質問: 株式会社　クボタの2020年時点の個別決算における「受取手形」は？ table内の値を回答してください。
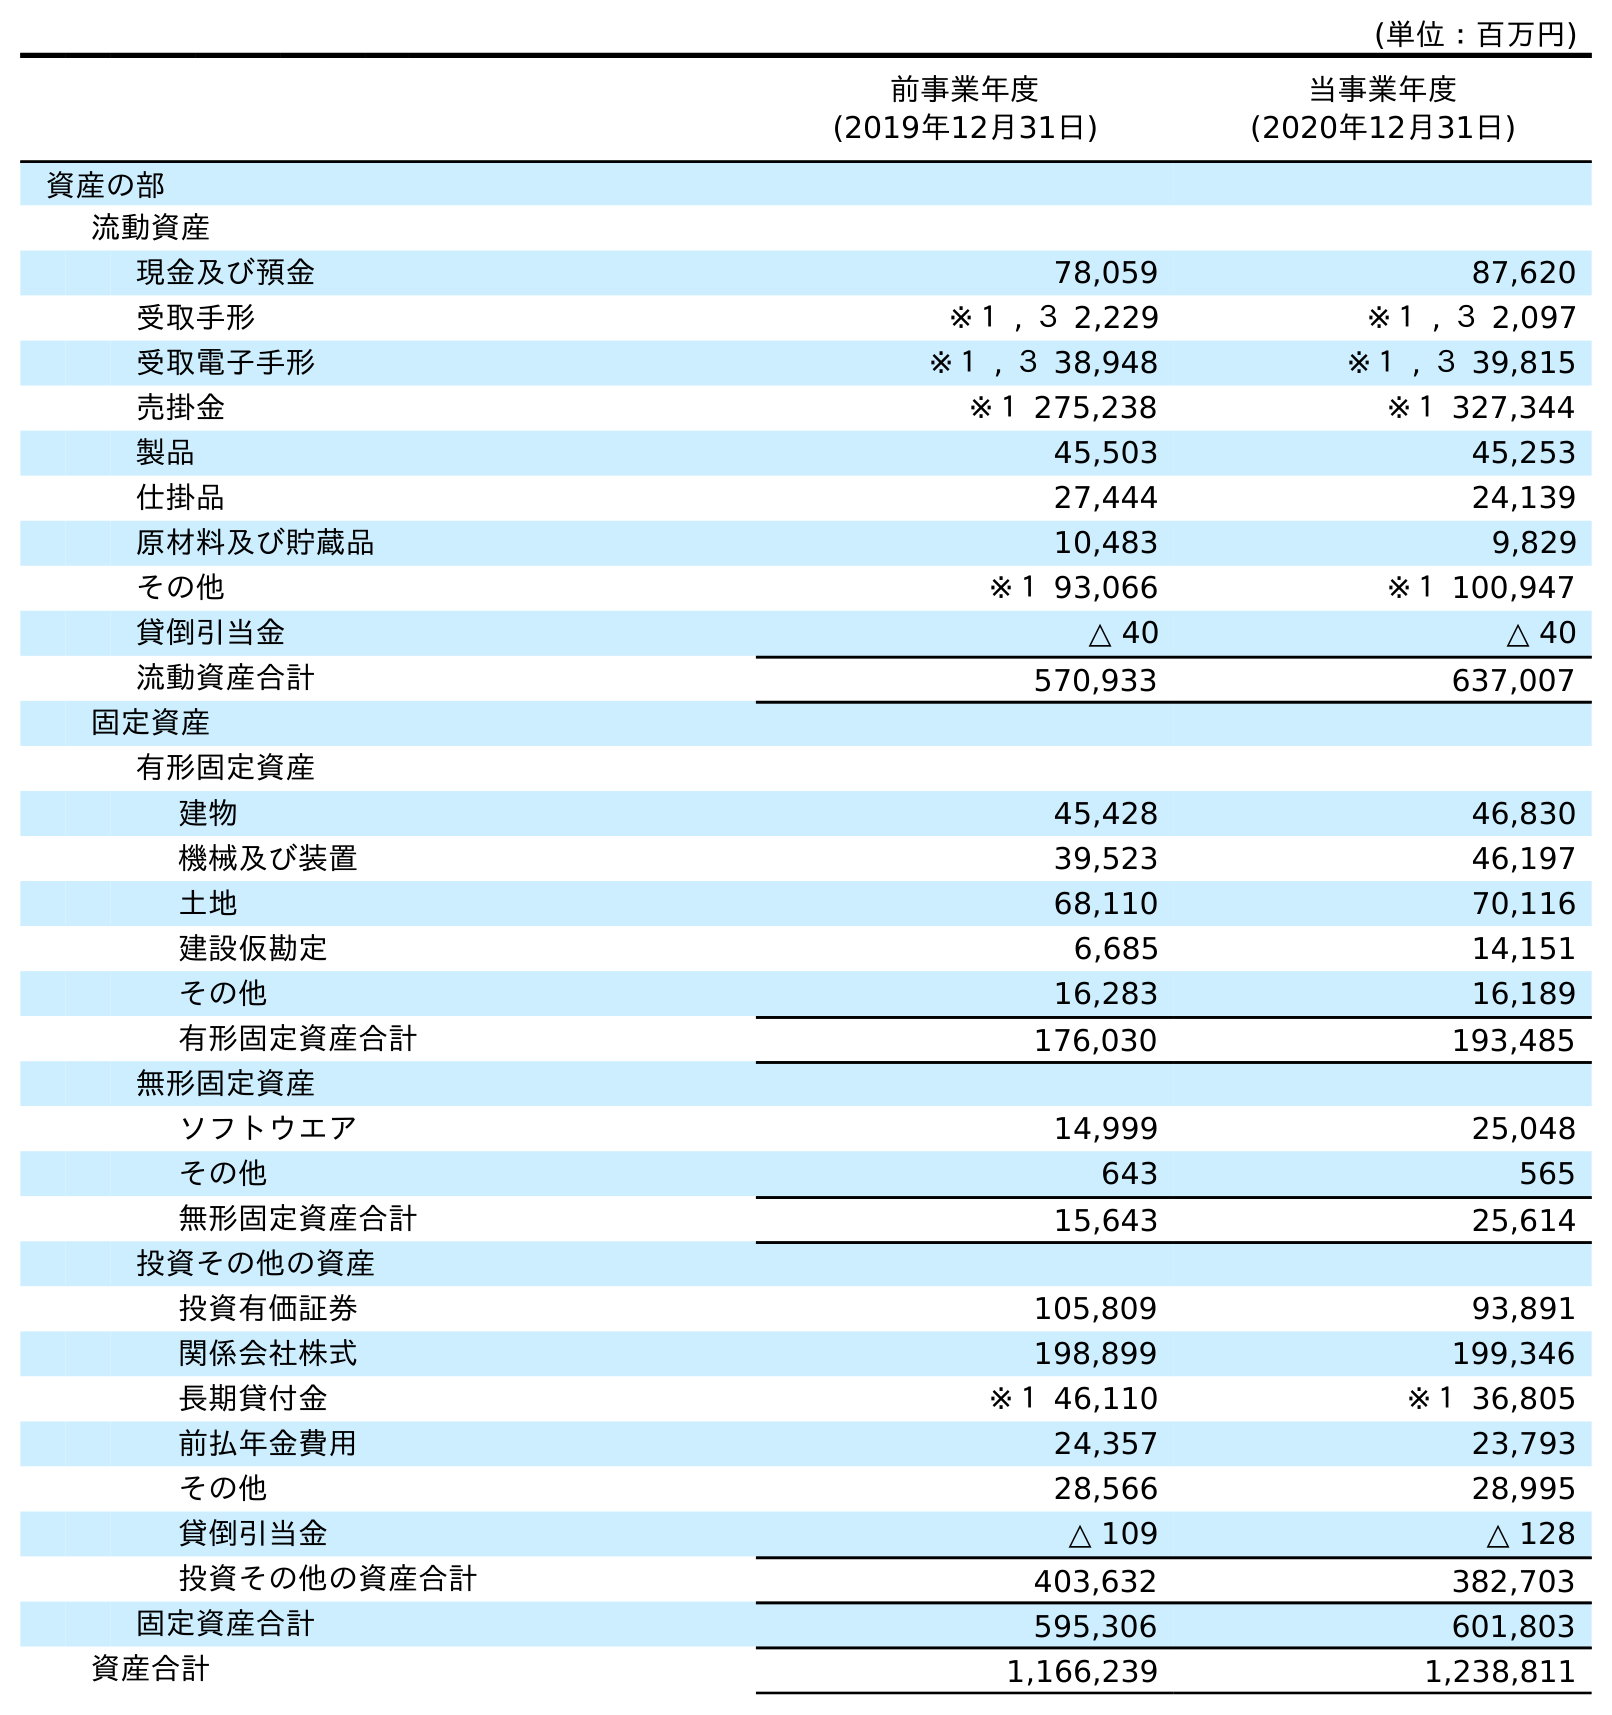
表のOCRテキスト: (単位：百万円) 前事業年度 (2019年12月31日) 当事業年度 (2020年12月31日) 資産の部 流動資産 現金及び預金 78,059 87,620 受取手形 ※１ , ３ 2,229 ※１ , ３ 2,097 受取電子手形 ※１ , ３ 38,948 ※１ , ３ 39,815 売掛金 ※１ 275,238 ※１ 327,344 製品 45,503 45,253 仕掛品 27,444 24,139 原材料及び貯蔵品 10,483 9,829 その他 ※１ 93,066 ※１ 100,947 貸倒引当金 △ 40 △ 40 流動資産合計 570,933 637,007 固定資産 有形固定資産 建物 45,428 46,830 機械及び装置 39,523 46,197 土地 68,110 70,116 建設仮勘定 6,685 14,151 その他 16,283 16,189 有形固定資産合計 176,030 193,485 無形固定資産 ソフトウエア 14,999 25,048 その他 643 565 無形固定資産合計 15,643 25,614 投資その他の資産 投資有価証券 105,809 93,891 関係会社株式 198,899 199,346 長期貸付金 ※１ 46,110 ※１ 36,805 前払年金費用 24,357 23,793 その他 28,566 28,995 貸倒引当金 △ 109 △ 128 投資その他の資産合計 403,632 382,703 固定資産合計 595,306 601,803 資産合計 1,166,239 1,238,811
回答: ※１,３2,097